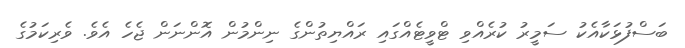
ބަސްފުޅަކާއެކު ސަމީރު ކުރެއްވި ޓްވީޓެއްގައި ރައްޔިތުންގެ ނިންމުން އޮންނަން ޖެހެ އެވެ. ވެރިކަމުގެ